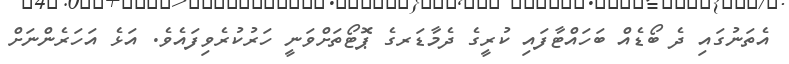
އެތަނުގައި ދެ ބޯޑެއް ބަހައްޓާފައި ކުރީގެ ދެމާޑަރގެ ޕޮޓޯތަށްވަނީ ހަރުކުރެވިފައެވެ. އަޅެ އަހަރެންނަށް